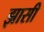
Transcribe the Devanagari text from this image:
झासी